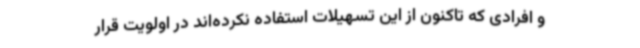
و افرادی که تاکنون از این تسهیلات استفاده نکرده‌اند در اولویت قرار